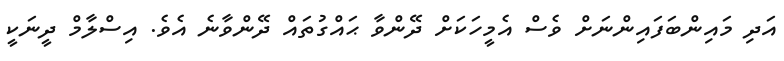
އަދި މައިންބަފައިންނަށް ވެސް އެމީހަކަށް ދޭންވާ ޙައްގުތައް ދޭންވާނެ އެވެ. އިސްލާމް ދީނަކީ